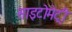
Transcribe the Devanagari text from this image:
साइटोमेट्री